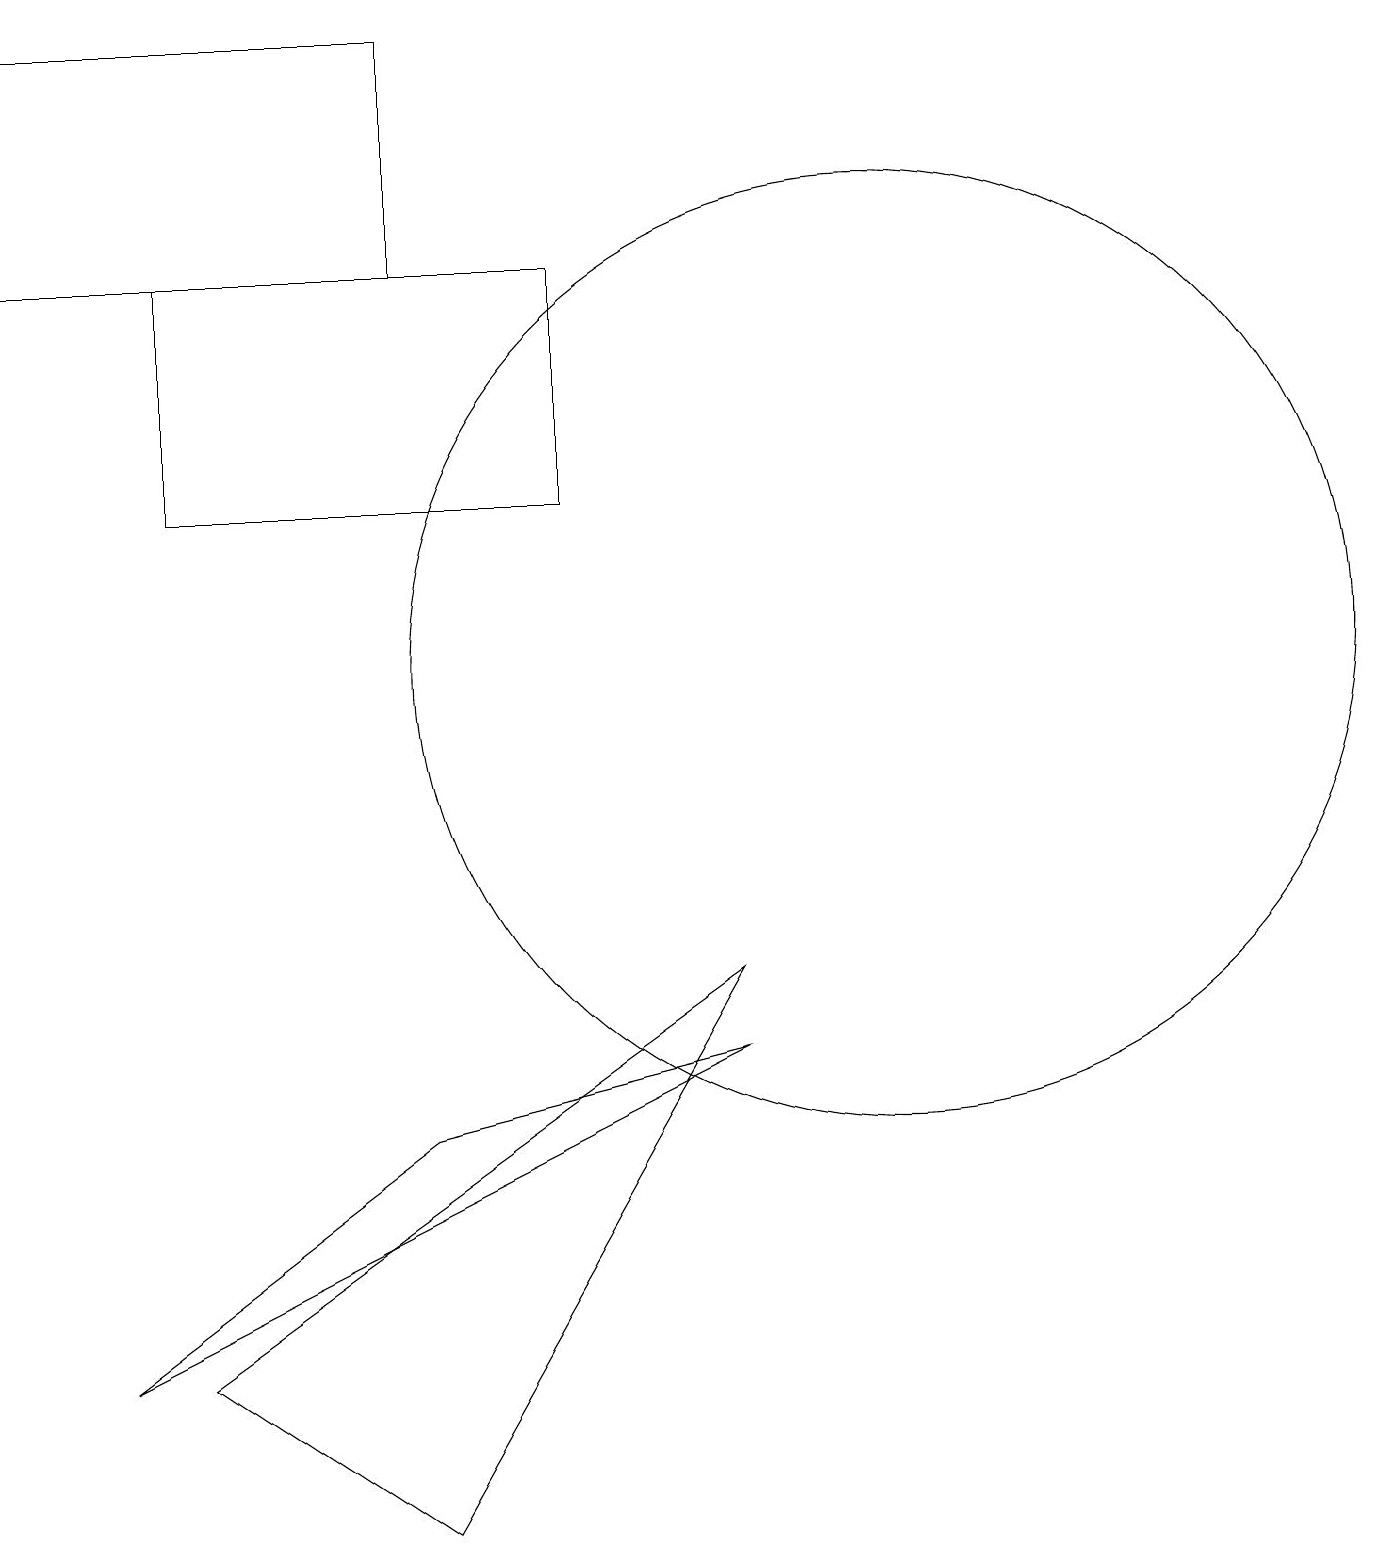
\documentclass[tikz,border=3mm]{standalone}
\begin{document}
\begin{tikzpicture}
\draw (5,16) rectangle (0,19);
\draw (2,16) rectangle (7,13);
\draw (9,6) -- (1,2) -- (5,5) -- cycle;
\draw (9,7) -- (2,2) -- (5,0) -- cycle;
\draw (11,11) circle (6);
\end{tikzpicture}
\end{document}